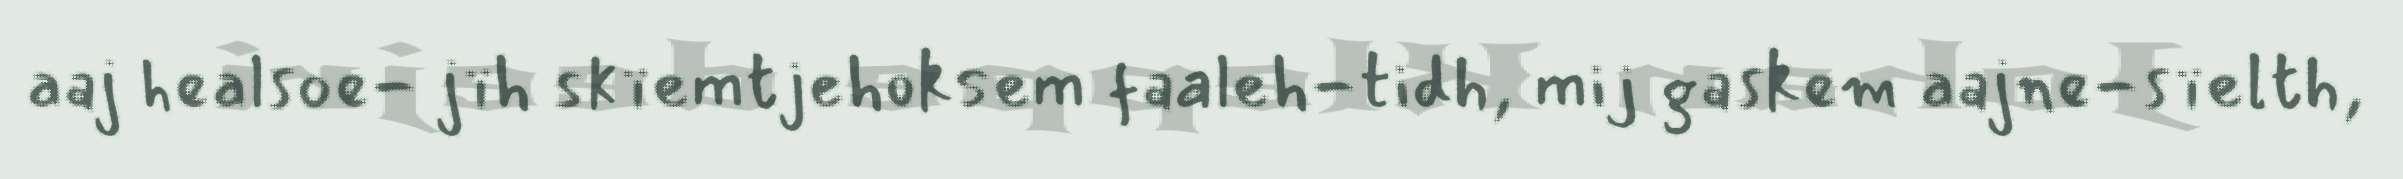
aaj healsoe- jïh skïemtjehoksem faaleh-tidh, mij gaskem aajne-sïelth,